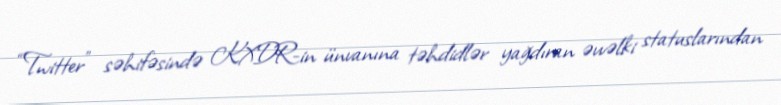
“Twitter” səhifəsində KXDR-in ünvanına təhdidlər yağdıran əvvəlki statuslarından